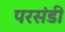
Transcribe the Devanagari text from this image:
परसंडी